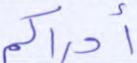
أدراكم